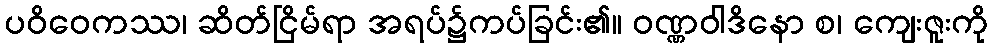
ပဝိဝေကဿ၊ ဆိတ်ငြိမ်ရာ အရပ်၌ကပ်ခြင်း၏။ ဝဏ္ဏဝါဒိနော စ၊ ကျေးဇူးကို